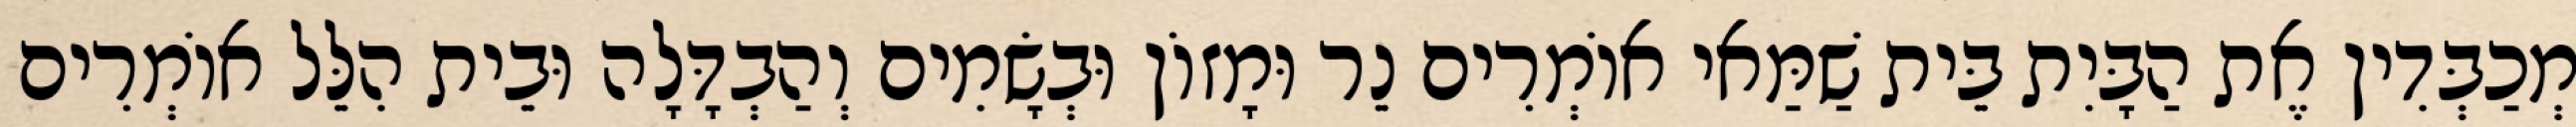
מְכַבְּדִין אֶת הַבָּיִת בֵּית שַׁמַּאי אוֹמְרִים נֵר וּמָזוֹן וּבְשָׂמִים וְהַבְדָּלָה וּבֵית הִלֵּל אוֹמְרִים